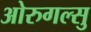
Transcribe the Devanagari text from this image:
ओरुगल्सु